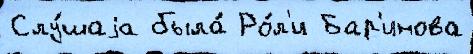
Слу́шаjа была́ Ро́л'и Бар'инова